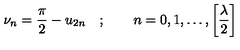
\nu _ { n } = \frac { \pi } { 2 } - u _ { 2 n } \quad ; \qquad n = 0 , 1 , \dots , \left[ \frac { \lambda } { 2 } \right]